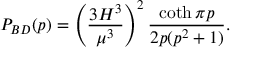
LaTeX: P _ { B D } ( p ) = \left( \frac { 3 H ^ { 3 } } { \mu ^ { 3 } } \right) ^ { 2 } \frac { \coth \pi p } { 2 p ( p ^ { 2 } + 1 ) } .